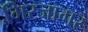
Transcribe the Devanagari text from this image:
गिरजागर